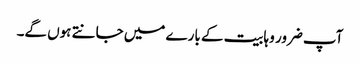
آپ ضرور وہابیت کے بارے میں جانتے ہوں گے۔